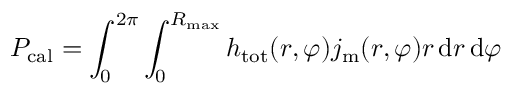
P _ { \mathrm { c a l } } = \int _ { 0 } ^ { 2 \pi } \int _ { 0 } ^ { R _ { \mathrm { m a x } } } h _ { \mathrm { t o t } } ( r , \varphi ) j _ { \mathrm { m } } ( r , \varphi ) r \, \mathrm { d } r \, \mathrm { d } \varphi